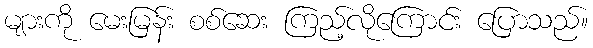
များကို မေးမြန်း စစ်ဆေး ကြည့်လိုကြောင်း ပြောသည်။